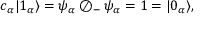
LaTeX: c _ { \alpha } | 1 _ { \alpha } \rangle = \psi _ { \alpha } \oslash _ { - } \psi _ { \alpha } = 1 = | 0 _ { \alpha } \rangle ,